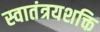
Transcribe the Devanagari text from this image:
स्वातंत्रयशक्ति